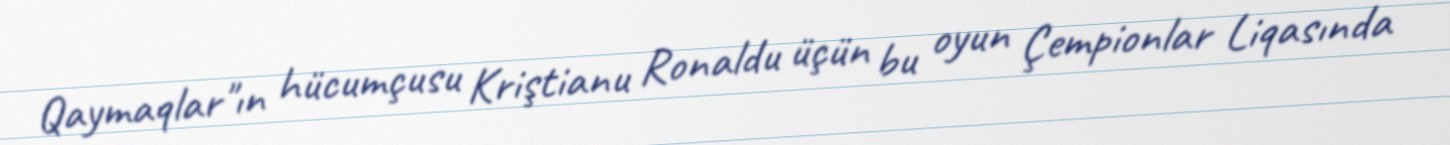
Qaymaqlar"ın hücumçusu Kriştianu Ronaldu üçün bu oyun Çempionlar Liqasında